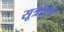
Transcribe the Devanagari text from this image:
सूत्रोपुत्र